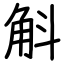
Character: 斛